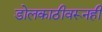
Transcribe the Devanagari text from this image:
डोलकाठीवरूनही